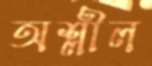
অশ্লীল